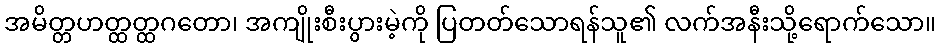
အမိတ္တဟတ္ထတ္ထဂတော၊ အကျိုးစီးပွားမဲ့ကို ပြတတ်သောရန်သူ၏ လက်အနီးသို့ရောက်သော။